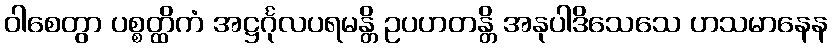
ဝါစေတွာ ပစ္စတ္ထိကံ အဋ္ဌင်္ဂုလပရမန္တိ ဥပဟတန္တိ အနုပါဒိသေသေ ဟသမာနေန